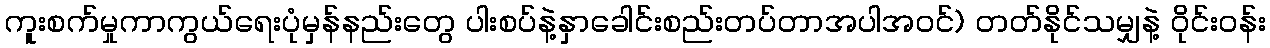
ကူးစက်မှုကာကွယ်ရေးပုံမှန်နည်းတွေ ပါးစပ်နဲ့နှာခေါင်းစည်းတပ်တာအပါအဝင်) တတ်နိုင်သမျှနဲ့ ဝိုင်းဝန်း